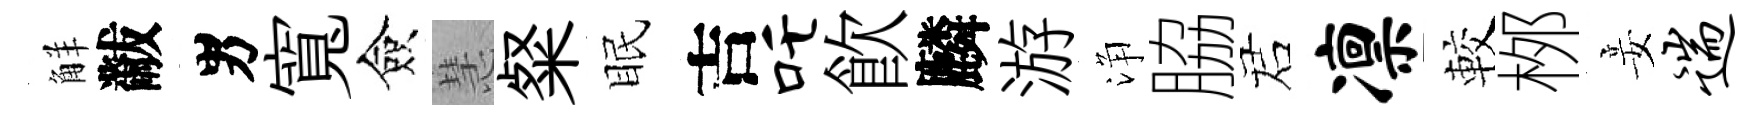
觧黻男寬僉慧粲眠吉吒飮麟游浄脇诺凛較桞妾遄